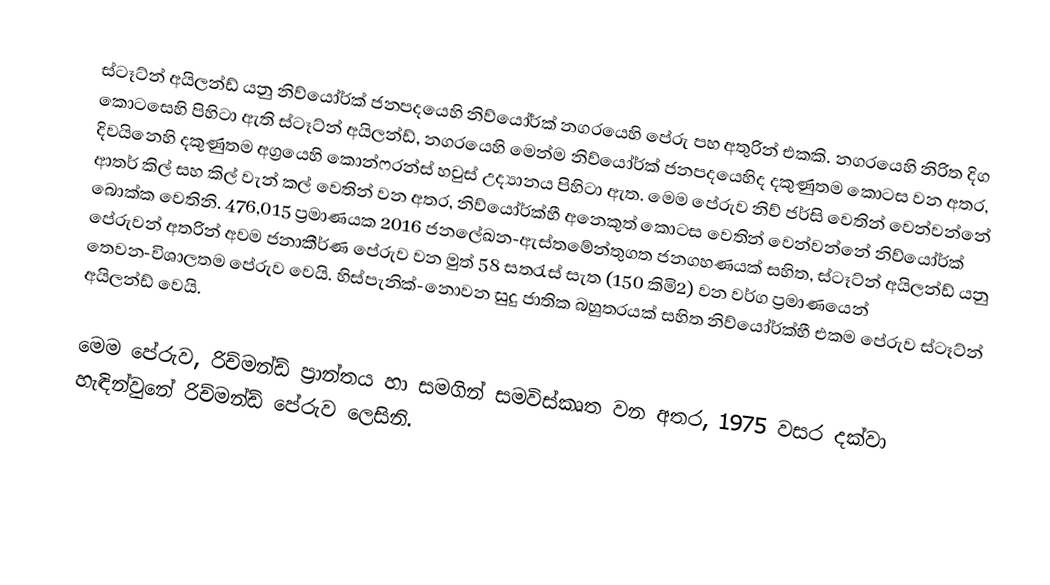
ස්ටෑට්න් අයිලන්ඩ්  යනු  නිව්යෝර්ක්  ජනපදයෙහි නිව්යෝර්ක් නගරයෙහි පේරු පහ අතුරින් එකකි. නගරයෙහි නිරිත දිග කොටසෙහි පිහිටා ඇති ස්ටෑට්න් අයිලන්ඩ්, නගරයෙහි මෙන්ම නිව්යෝර්ක් ජනපදයෙහිද දකුණුතම කොටස වන අතර,  දිවයිනෙහි දකුණුතම අග්‍රයෙහි කොන්ෆරන්ස් හවුස් උද්‍යානය පිහිටා ඇත.  මෙම පේරුව නිව් ජර්සි වෙතින් වෙන්වන්නේ ආතර් කිල් සහ කිල් වැන් කල් වෙතින් වන අතර, නිව්යෝර්ක්හී අනෙකුත් කොටස වෙතින් වෙන්වන්නේ නිව්යෝර්ක් බොක්ක වෙතිනි. 476,015 ප්‍රමාණයක 2016 ජනලේඛන-ඇස්තමේන්තුගත ජනගහණයක් සහිත, ස්ටෑට්න් අයිලන්ඩ් යනු පේරුවන් අතරින් අවම ජනාකීර්ණ පේරුව වන මුත්  58 සතරැස් සැත (150 කිමි2) වන වර්ග ප්‍රමාණයෙන් තෙවන-විශාලතම පේරුව වෙයි. හිස්පැනික්-නොවන සුදු ජාතික බහුතරයක් සහිත නිව්යෝර්ක්හී එකම පේරුව ස්ටෑට්න් අයිලන්ඩ් වෙයි.

මෙම පේරුව, රිච්මන්ඩ් ප්‍රාන්තය හා සමගින් සමවිස්කෘත වන අතර, 1975 වසර දක්වා හැඳින්වුනේ  රිච්මන්ඩ් පේරුව ලෙසිනි.